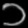
Digit: ၁